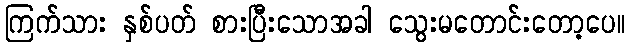
ကြက်သား နှစ်ပတ် စားပြီးသောအခါ သွေးမတောင်းတော့ပေ။